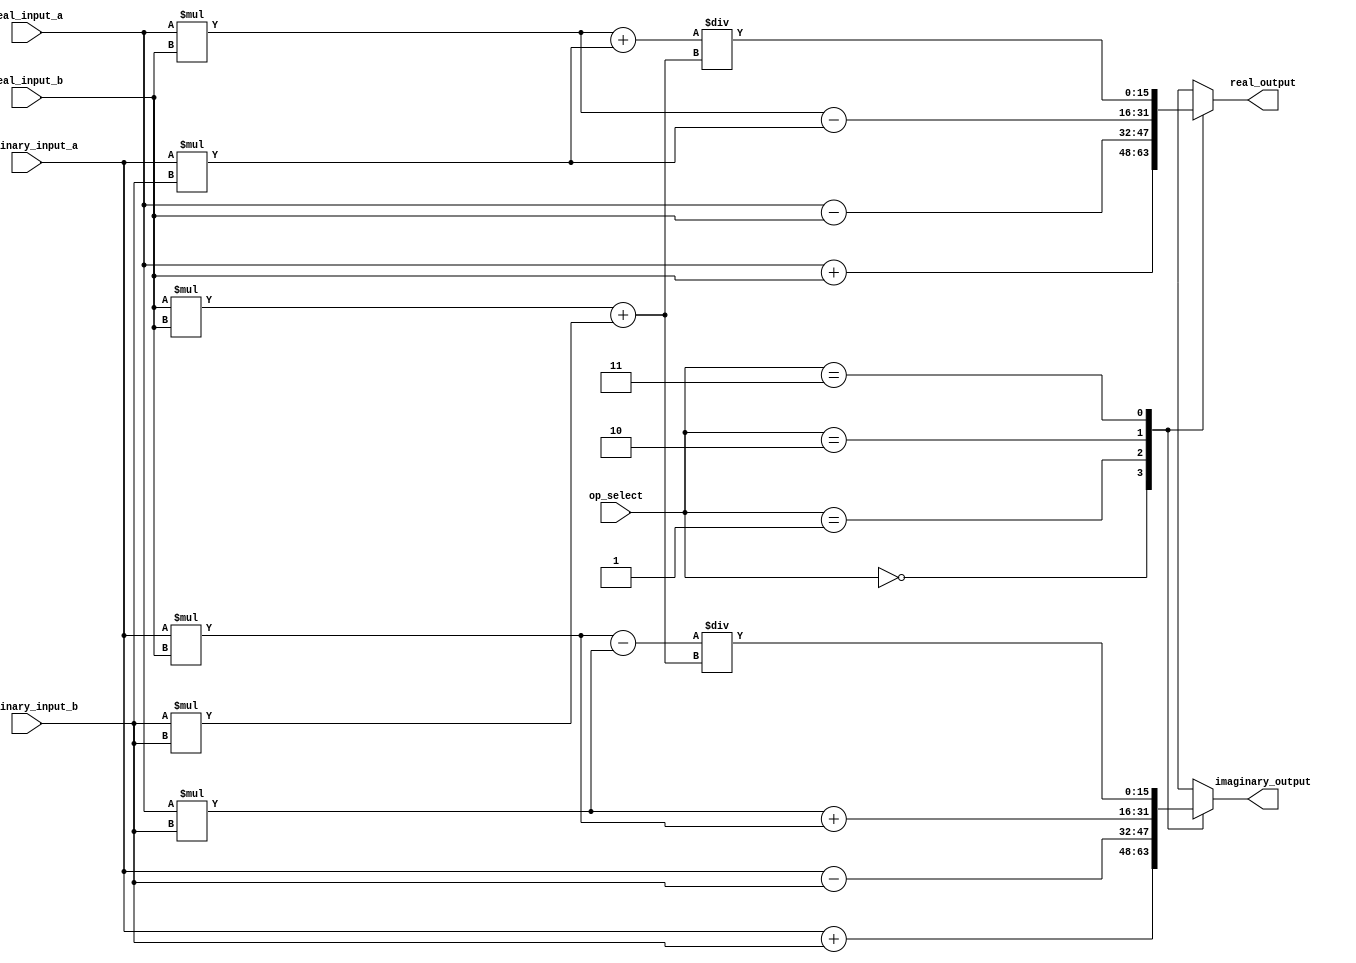
module ComplexALU (
    input wire [15:0] real_input_a,
    input wire [15:0] imaginary_input_a,
    input wire [15:0] real_input_b,
    input wire [15:0] imaginary_input_b,
    input wire [1:0] op_select,
    output wire [15:0] real_output,
    output wire [15:0] imaginary_output
);

reg [15:0] real_result;
reg [15:0] imaginary_result;

always @(*) begin
    case(op_select)
        2'b00: begin // Addition
            real_result = real_input_a + real_input_b;
            imaginary_result = imaginary_input_a + imaginary_input_b;
        end
        2'b01: begin // Subtraction
            real_result = real_input_a - real_input_b;
            imaginary_result = imaginary_input_a - imaginary_input_b;
        end
        2'b10: begin // Multiplication
            real_result = (real_input_a * real_input_b) - (imaginary_input_a * imaginary_input_b);
            imaginary_result = (real_input_a * imaginary_input_b) + (imaginary_input_a * real_input_b);
        end
        2'b11: begin // Division
            real_result = (real_input_a * real_input_b + imaginary_input_a * imaginary_input_b) / (real_input_b * real_input_b + imaginary_input_b * imaginary_input_b);
            imaginary_result = (imaginary_input_a * real_input_b - real_input_a * imaginary_input_b) / (real_input_b * real_input_b + imaginary_input_b * imaginary_input_b);
        end
        default: begin
            real_result = 16'b0;
            imaginary_result = 16'b0;
        end
    endcase
end

assign real_output = real_result;
assign imaginary_output = imaginary_result;

endmodule